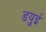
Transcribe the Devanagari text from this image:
डयुई